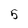
Character: 5